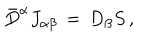
\bar { D } ^ { \dot { \alpha } } J _ { \dot { \alpha } \beta } \, = \, D _ { \beta } S \, ,